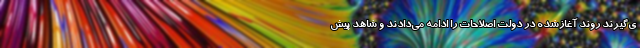
ی‌گیرند روند آغازشده در دولت اصلاحات را ادامه می‌دادند و شاهد پیش